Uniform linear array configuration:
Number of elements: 16
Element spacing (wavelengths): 0.75
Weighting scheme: cosine
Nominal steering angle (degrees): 45
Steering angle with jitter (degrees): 44.934
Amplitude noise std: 0.05
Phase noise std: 0.05

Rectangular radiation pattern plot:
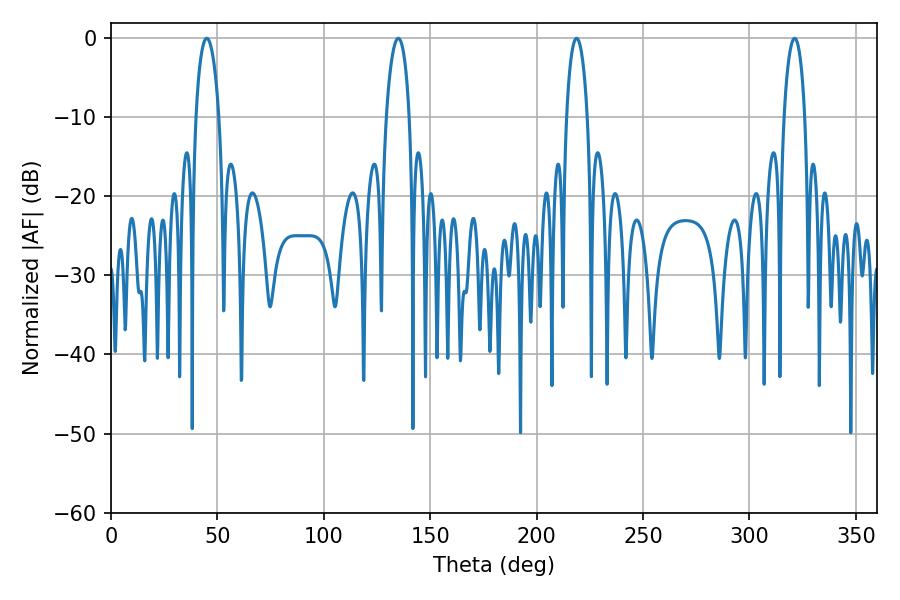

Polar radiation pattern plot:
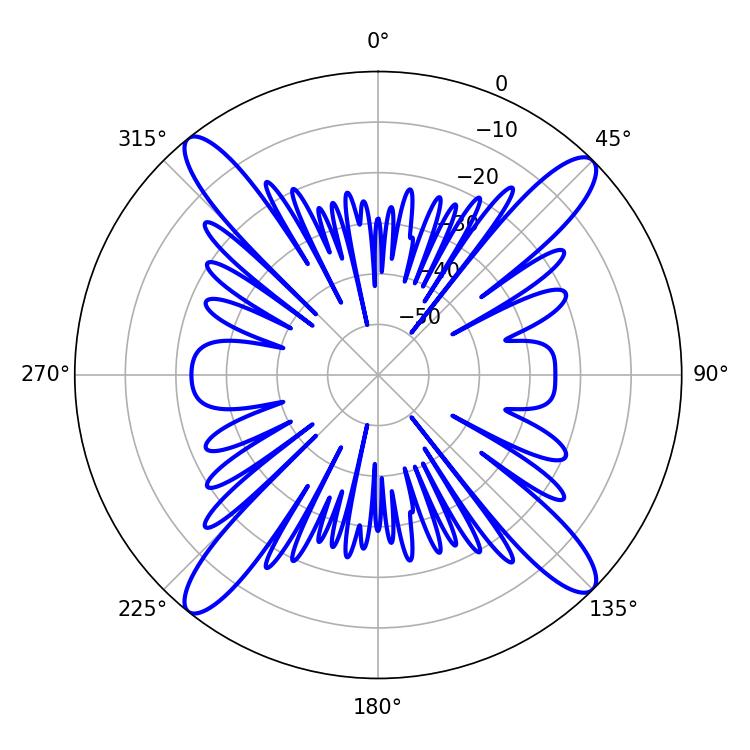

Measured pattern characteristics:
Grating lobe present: TRUE
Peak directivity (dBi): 17.899
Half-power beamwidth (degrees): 6.3
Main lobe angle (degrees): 135